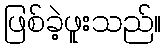
ဖြစ်ခဲ့ဖူးသည်။